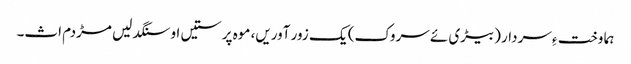
ہما وخت ءِ سردار (بیڑی ئے سروک) یک زور آوریں، موہ پرستیں او سنگدلیں مڑدم اث۔